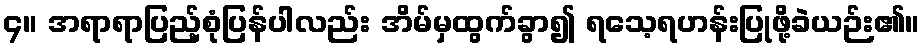
၄။ အရာရာပြည့်စုံပြန်ပါလည်း အိမ်မှထွက်ခွာ၍ ရသေ့ရဟန်းပြုဖို့ခဲယဉ်း၏။